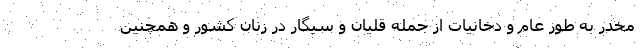
مخدر به طور عام و دخانیات از جمله قلیان و سیگار در زنان کشور و همچنین